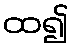
ထ၍